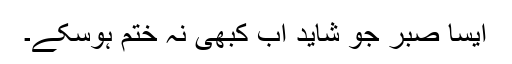
ایسا صبر جو شاید اب کبھی نہ ختم ہوسکے۔